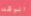
الوقت